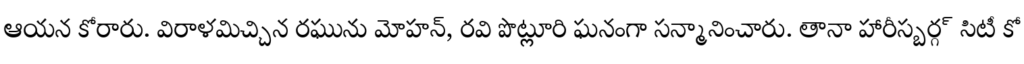
ఆయన కోరారు. విరాళమిచ్చిన రఘును మోహన్, రవి పొట్లూరి ఘనంగా సన్మానించారు. తానా హారీస్బర్గ్ సిటీ కో